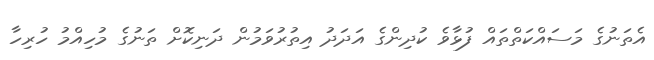
އެތަނުގެ މަސައްކަތްތައް ފުޅާވެ ކުދިންގެ އަދަދު އިތުރުވަމުން ދަނިކޮށް ތަނުގެ މުހިއްމު ހުރިހާ